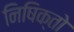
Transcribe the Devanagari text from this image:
निषिक्तो